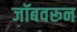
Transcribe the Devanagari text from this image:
जॉबवरून